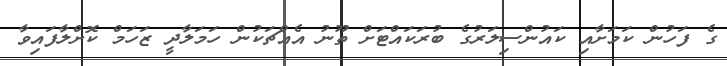
ގެ ފަހުން ކަމަށާއި ކައުންސިލަރުގެ ބުރަކައްޓަށް ތޫނު އެއްޗަކުން ހަމަލާދީ ޒަހަމް ކޮށްލާފައިވާ